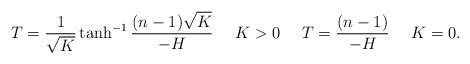
LaTeX: \begin{align*}T=\frac{1}{\sqrt K}\tanh^{-1}\frac{(n-1)\sqrt K}{-H} \ \ \ \ K>0 \ \ \ \ T=\frac{(n-1)}{-H} \ \ \ \ K=0.\end{align*}